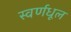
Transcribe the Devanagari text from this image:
स्वर्णधूल